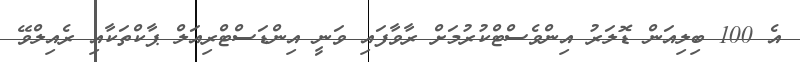
އެ 100 ބިލިއަން ޑޮލަރު އިންވެސްޓްކުރުމަށް ރާވާފައި ވަނީ އިންޑަސްޓްރިއަލް ޕާކްތަކާއި ރެއިލްވޭ